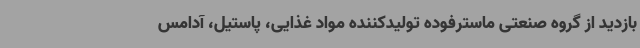
بازدید از گروه صنعتی ماسترفوده تولیدکننده مواد غذایی، پاستیل، آدامس